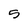
Character: 5